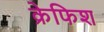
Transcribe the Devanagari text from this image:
क्रेफिश